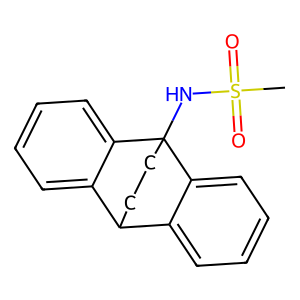
SMILES: CS(=O)(=O)NC12CCC(c3ccccc31)c1ccccc12
Inhibits HIV replication: No